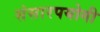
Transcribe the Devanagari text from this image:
संसारपयोगी